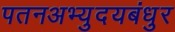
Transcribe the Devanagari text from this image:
पतनअभ्युदयबंधुर